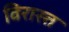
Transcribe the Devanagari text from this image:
विरास्त